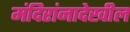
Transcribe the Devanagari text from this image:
मंदिरांनादेखील